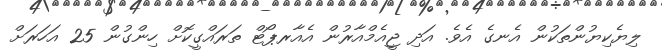
ލިޔެކިޔުންތަކުން އެނގެ އެވެ. އަދި ޖީއެމްއާރުން އެއާރޕޯޓް ތަރައްގީކޮށް ހިންގުން 25 އަހަރަށް